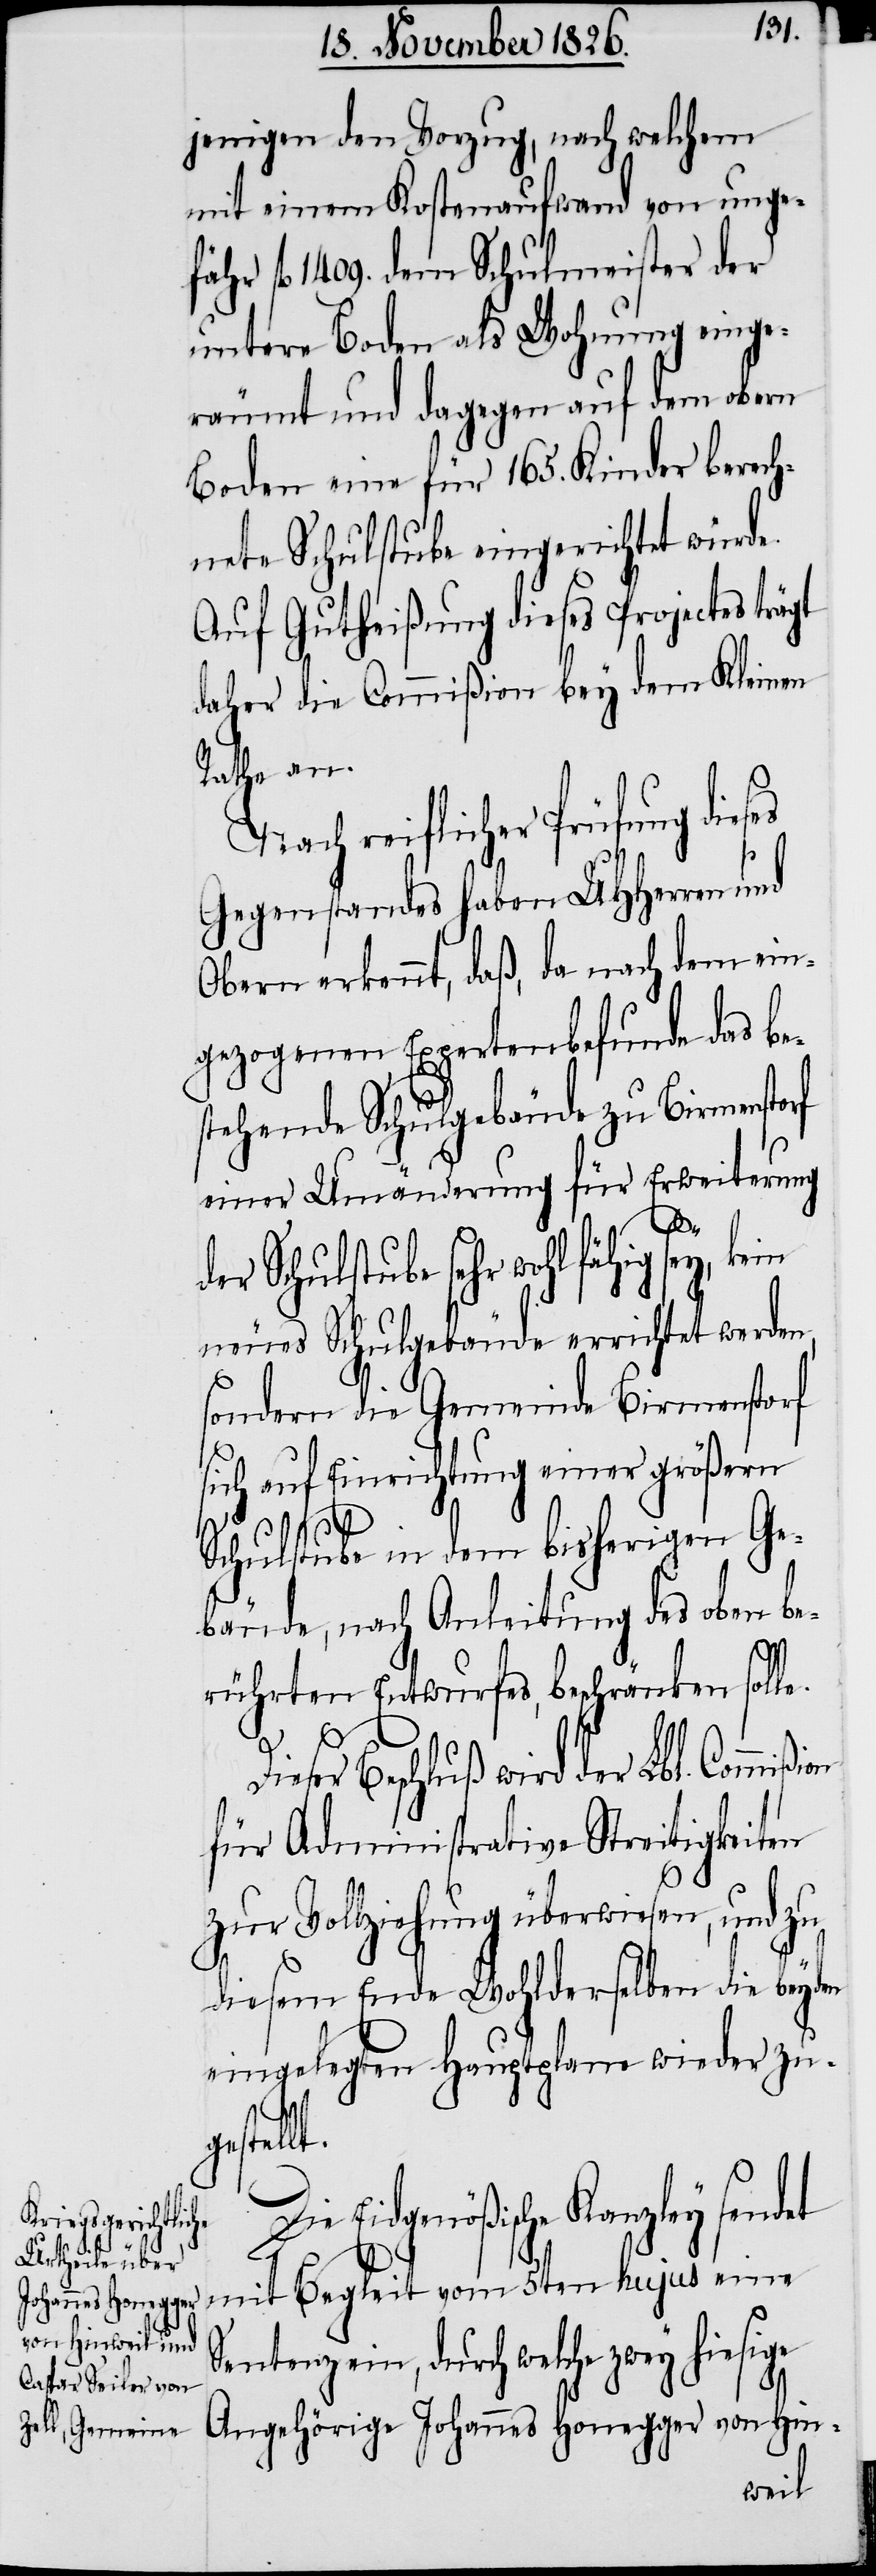
jenigen den Vorzug, nach welchem
mit einem Kostenaufwand von unge¬
fähr fl. 1409. dem Schulmeister der
untere Boden als Wohnung einge¬
räumt und dagegen auf dem obern
Boden eine für 165. Kinder berech¬
nete Schulstube eingerichtet würde.
Auf Gutheißung dieses Projectes trägt
daher die Commißion bey dem Kleinen
Rathe an.
Nach reiflicher Prüfung dieses
Gegenstandes haben UHHerren und
Obern erkennt, daß, da nach dem ein¬
gezogenen Expertenbefunde das be¬
stehende Schulgebäude zu Birmenstorf
einer Umänderung für Erweiterung
sey,
kein
er Schulstube sehr wohl fähig
neues Schulgebäude errichtet werden,
sondern die Gemeinde Birmenstorf
sich auf Einrichtung einer größern
t.
Schulstube in dem bisherigen Ge¬
bäude, nach Anleitung des oben be¬
rührten Entwurfes, beschränken soll¬
e.
Dieser Beschluß wird der Lbl. Commißi¬
für Administrative Streitigkeiten
zur Vollziehung überwiesen, und zu
diesem Ende Wohlderselben die beyden
eingelegten Hauptplane wieder zug¬
estell¬
Die Eidgenößische Kanzley sendet
mit Begleit vom 5ten hujus eine
Sentenz ein, durch welche zwey hiesige
d¬
Angehörige Johannes Honegger von Hin-